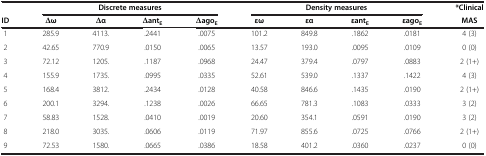
|  | <COLSPAN=4> Discrete measures | <COLSPAN=4> Density measures | *Clinical |
 | ID | Δω | Δα | ΔantE | ΔagoE | εω | εα | εantE | εagoE | MAS |
 | --- | --- | --- | --- | --- | --- | --- | --- | --- | --- |
 | 1 | 285.9 | 4113. | .2441 | .0075 | 101.2 | 849.8 | .1862 | .0181 | 4 (3) |
 | 2 | 42.65 | 770.9 | .0150 | .0065 | 13.57 | 193.0 | .0095 | .0109 | 0 (0) |
 | 3 | 72.12 | 1205. | .1187 | .0968 | 24.47 | 379.4 | .0797 | .0883 | 2 (1+) |
 | 4 | 155.9 | 1735. | .0995 | .0335 | 52.61 | 539.0 | .1337 | .1422 | 4 (3) |
 | 5 | 168.4 | 3812. | .2434 | .0128 | 40.58 | 846.6 | .1435 | .0190 | 2 (1+) |
 | 6 | 200.1 | 3294. | .1238 | .0026 | 66.65 | 781.3 | .1083 | .0333 | 3 (2) |
 | 7 | 58.83 | 1528. | .0410 | .0019 | 20.60 | 354.1 | .0591 | .0190 | 3 (2) |
 | 8 | 218.0 | 3035. | .0606 | .0119 | 71.97 | 855.6 | .0725 | .0766 | 2 (1+) |
 | 9 | 72.53 | 1580. | .0665 | .0386 | 18.58 | 401.2 | .0360 | .0237 | 0 (0) |